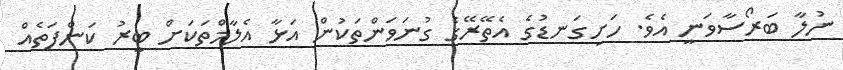
ނުލާ ބަރޯސާވަނީ އެވެ. ހަށިގަނޑުގެ އެތޭރޭގެ ގުނަވަންތަކުން އަޅާ އެލާމްތަކަށް ބީރު ކަންފަތެއް